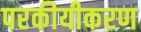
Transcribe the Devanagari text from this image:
परकीयीकरण